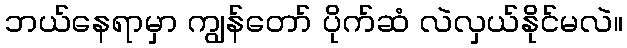
ဘယ်နေရာမှာ ကျွန်တော် ပိုက်ဆံ လဲလှယ်နိုင်မလဲ။